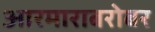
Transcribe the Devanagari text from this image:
आरमाराबरोबर